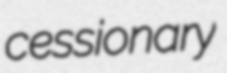
cessionary